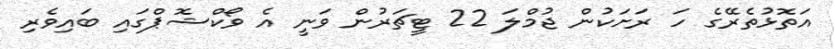
އަތޮޅުތެރޭގެ ހަ ރަށަކުން ޖުމްލަ 22 ޓީޗަރުން ވަނީ އެ ވޯކްޝޮޕްގައި ބައިވެރި